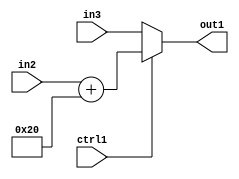
`timescale 1ps / 1ps
/*****************************************************************************
    Verilog RTL Description
    
    
    Created by: Stratus DpOpt 2019.1.01 
*******************************************************************************/

module pw_feature_addr_gen_MuxAdd2i32u16u16u1_4 (
	in3,
	in2,
	ctrl1,
	out1
	); /* architecture "behavioural" */ 
input [15:0] in3,
	in2;
input  ctrl1;
output [15:0] out1;
wire [15:0] asc001,
	asc002;

assign asc002 = 
	+(in2)
	+(16'B0000000000100000);

reg [15:0] asc001_tmp_0;
assign asc001 = asc001_tmp_0;
always @ (ctrl1 or asc002 or in3) begin
	case (ctrl1)
		1'B1 : asc001_tmp_0 = asc002 ;
		default : asc001_tmp_0 = in3 ;
	endcase
end

assign out1 = asc001;
endmodule

/* CADENCE  v7fwQg0= : u9/ySgnWtBlWxVPRXgAZ4Og= ** DO NOT EDIT THIS LINE ******/